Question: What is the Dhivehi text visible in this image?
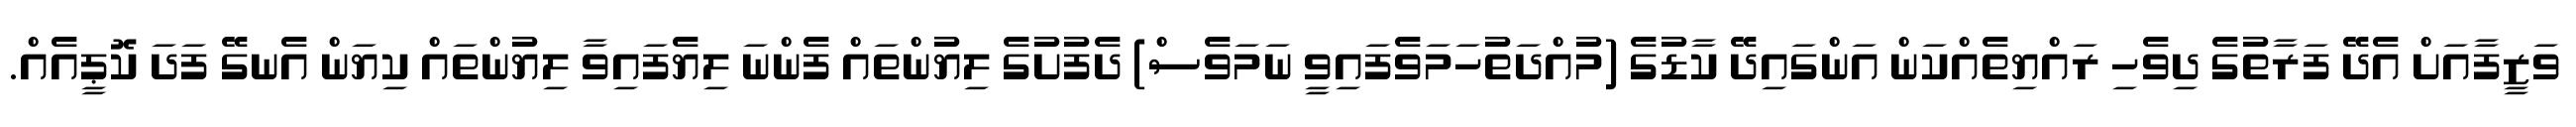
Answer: ވަޒީފާއަށް އެދޭ ފަރާތުގެ ދިވެހި ރައްޔިތެއްކަން އަންގައިދޭ ކާޑުގެ (މުއްދަތުހަމަވެފައިވީ ނަމަވެސް) ދެފުށުގެ ލިޔުންތައް ފެންނަ ލިޔެފައިވާ ލިޔުންތައް ކިޔަން އެނގޭ ފަދަ ކޮޕީއެއް.